Leprosy in India: report of the Leprosy Commission in India, 1890-91
Year: 1890
Disease focus: Leprosy
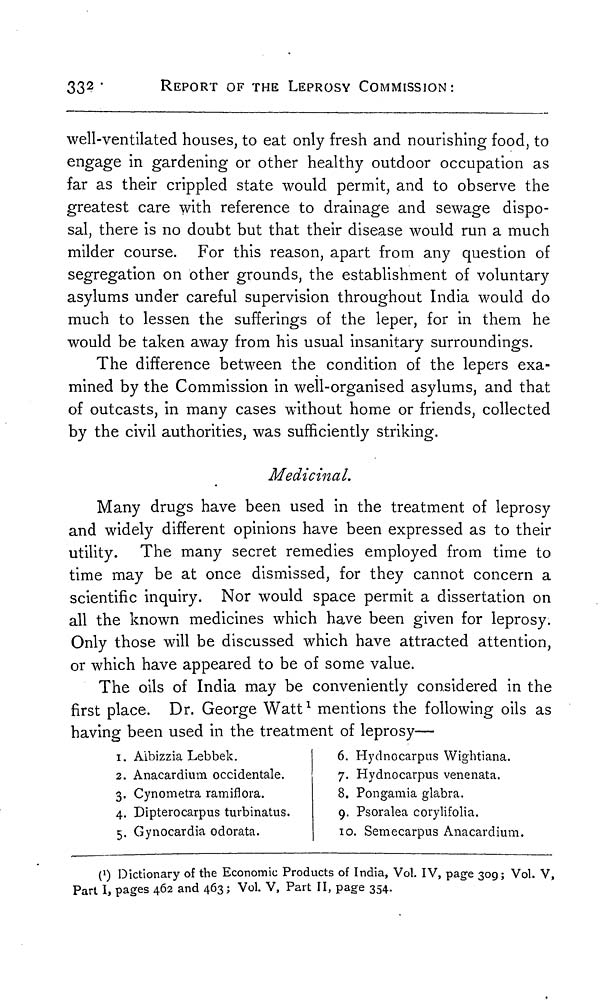
33 2
REPORT OF THE LEPROSY COMMISSION:
well-ventilated houses, to eat only fresh and nourishing food, to
engage in gardening or other healthy outdoor occupation as
far as their crippled state would permit, and to observe the
greatest care with reference to drainage and sewage dispo-
sal, there is no doubt but that their disease would run a much
milder course. For this reason, apart from any question of
segregation on other grounds, the establishment of voluntary
asylums under careful supervision throughout India would do
much to lessen the sufferings of the leper, for in them he
would be taken away from his usual insanitary surroundings.
The difference between the condition of the lepers exa-
mined by the Commission in well-organised asylums, and that
of outcasts, in many cases without home or friends, collected
by the civil authorities, was sufficiently striking.
Medicinal.
Many drugs have been used in the treatment of leprosy
and widely different opinions have been expressed as to their
utility. The many secret remedies employed from time to
time may be at once dismissed, for they cannot concern a
scientific inquiry. Nor would space permit a dissertation on
all the known medicines which have been given for leprosy.
Only those will be discussed which have attracted attention,
or which have appeared to be of some value.
The oils of India may be conveniently considered in the
first place. Dr. George Watt 1 mentions the following oils as
having been used in the treatment of leprosy—
1. Albizzia Lebbek.
2. Anacardium occidentale.
3. Cynometra ramiflora.
4. Dipterocarpus turbinatus.
5. Gynocardia odorata.
6. Hydnocarpus Wightiana.
7. Hydnocarpus venenata.
8. Pongamia glabra.
9. Psoralea corylifolia.
10. Semecarpus Anacardium.
( 1 ) Dictionary of the Economic Products of India, Vol. IV, page 309; Vol. V,
Part I, pages 462 and 463; Vol. V, Part II, page 354.